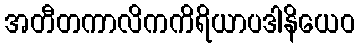
အတီတကာလိကကိရိယာပဒါနိယေဝ